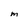
Character: M